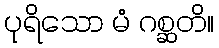
ပုရိသော မံ ဂစ္ဆတိ။